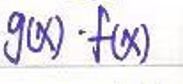
$g(x) \cdot f(x)$